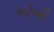
ઓબી